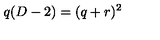
q ( D - 2 ) = ( q + r ) ^ { 2 }